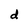
Character: d